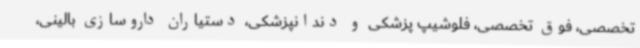
تخصصی، فوق تخصصی، فلوشیپ پزشکی و دندانپزشکی، دستیاران داروسازی بالینی،